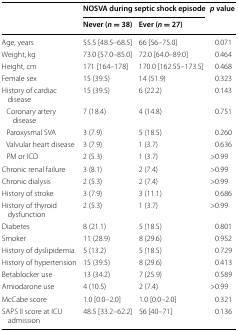
<table><thead><tr><td rowspan="2"></td><td colspan="2"><b>NOSVA during septic shock episode</b></td><td rowspan="2"><b><i>p</i> value</b></td></tr><tr><td><b>Never (<i>n</i> = 38)</b></td><td><b>Ever (<i>n</i> = 27)</b></td></tr></thead><tbody><tr><td>Age, years</td><td>55.5 [48.5–68.5]</td><td>66 [56–75.0]</td><td>0.071</td></tr><tr><td>Weight, kg</td><td>73.0 [57.0–85.0]</td><td>72.0 [64.0–89.0]</td><td>0.464</td></tr><tr><td>Height, cm</td><td>171 [164–178]</td><td>170.0 [162.55–173.5]</td><td>0.468</td></tr><tr><td>Female sex</td><td>15 (39.5)</td><td>14 (51.9)</td><td>0.323</td></tr><tr><td>History of cardiac disease</td><td>15 (39.5)</td><td>6 (22.2)</td><td>0.143</td></tr><tr><td> Coronary artery disease</td><td>7 (18.4)</td><td>4 (14.8)</td><td>0.751</td></tr><tr><td> Paroxysmal SVA</td><td>3 (7.9)</td><td>5 (18.5)</td><td>0.260</td></tr><tr><td> Valvular heart disease</td><td>3 (7.9)</td><td>1 (3.7)</td><td>0.636</td></tr><tr><td> PM or ICD</td><td>2 (5.3)</td><td>1 (3.7)</td><td>&gt;0.99</td></tr><tr><td>Chronic renal failure</td><td>3 (8.1)</td><td>2 (7.4)</td><td>&gt;0.99</td></tr><tr><td>Chronic dialysis</td><td>2 (5.3)</td><td>2 (7.4)</td><td>&gt;0.99</td></tr><tr><td>History of stroke</td><td>3 (7.9)</td><td>3 (11.1)</td><td>0.686</td></tr><tr><td>History of thyroid dysfunction</td><td>2 (5.3)</td><td>1 (3.7)</td><td>&gt;0.99</td></tr><tr><td>Diabetes</td><td>8 (21.1)</td><td>5 (18.5)</td><td>0.801</td></tr><tr><td>Smoker</td><td>11 (28.9)</td><td>8 (29.6)</td><td>0.952</td></tr><tr><td>History of dyslipidemia</td><td>5 (13.2)</td><td>5 (18.5)</td><td>0.729</td></tr><tr><td>History of hypertension</td><td>15 (39.5)</td><td>8 (29.6)</td><td>0.413</td></tr><tr><td>Betablocker use</td><td>13 (34.2)</td><td>7 (25.9)</td><td>0.589</td></tr><tr><td>Amiodarone use</td><td>4 (10.5)</td><td>2 (7.4)</td><td>&gt;0.99</td></tr><tr><td>McCabe score</td><td>1.0 [0.0–2.0]</td><td>1.0 [0.0–2.0]</td><td>0.321</td></tr><tr><td>SAPS II score at ICU admission</td><td>48.5 [33.2–62.2]</td><td>56 [40–71]</td><td>0.136</td></tr></tbody></table>